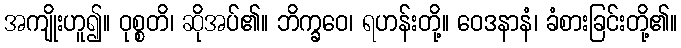
အကျိုးဟူ၍။ ဝုစ္စတိ၊ ဆိုအပ်၏။ ဘိက္ခဝေ၊ ရဟန်းတို့။ ဝေဒနာနံ၊ ခံစားခြင်းတို့၏။